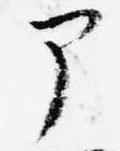
部